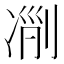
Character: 𠗢